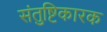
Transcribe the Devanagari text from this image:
संतुष्टिकारक